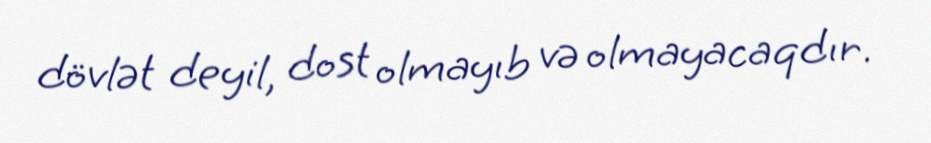
dövlət deyil, dost olmayıb və olmayacaqdır.